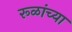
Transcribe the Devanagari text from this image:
रूळांच्या